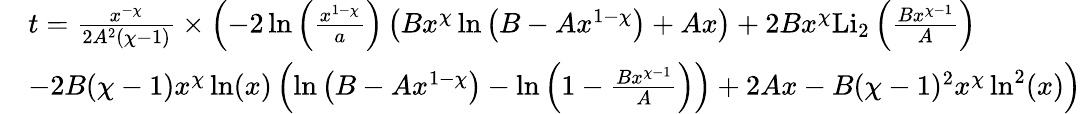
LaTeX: \begin{array}{rl}&{t=\frac{x^{-\chi}}{2A^{2}(\chi-1)}\times\left(-2\ln\left(\frac{x^{1-\chi}}{a}\right)\left(Bx^{\chi}\ln\left(B-Ax^{1-\chi}\right)+Ax\right)+2Bx^{\chi}\mathrm{Li}_{2}\left(\frac{Bx^{\chi-1}}{A}\right)\right.}\\ &{\left.-2B(\chi-1)x^{\chi}\ln(x)\left(\ln\left(B-Ax^{1-\chi}\right)-\ln\left(1-\frac{Bx^{\chi-1}}{A}\right)\right)+2Ax-B(\chi-1)^{2}x^{\chi}\ln^{2}(x)\right)}\end{array}